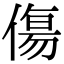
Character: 傷